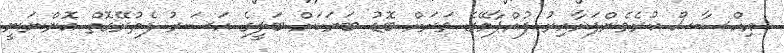
އިހްސާސް ކުރެވެންފަށާއިރު ފުއްޕާމޭގެ ވަރަށް ބޮޑު ބަޔަކަށް ބަލީގެ އަސަރު ފެތުރޭގޮތް އޮންނަނީ